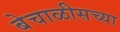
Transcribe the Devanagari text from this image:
बेचाळीसच्या